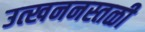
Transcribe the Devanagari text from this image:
उत्खननस्तळी